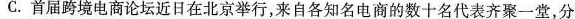
C. 首届跨境电商论坛近日在北京举行，来自各知名电商的数十名代表齐聚一堂，分